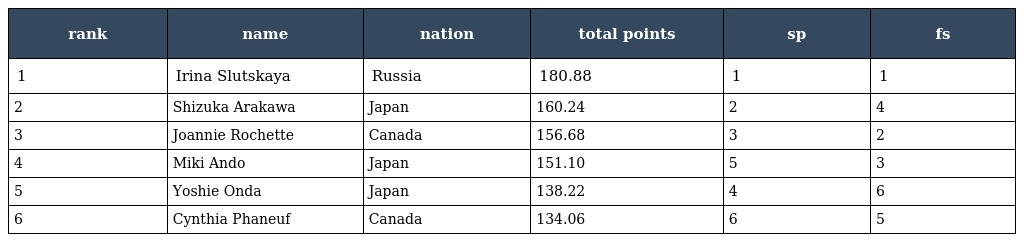
| rank | name | nation | total points | sp | fs |
 | --- | --- | --- | --- | --- | --- |
 | 1 | Irina Slutskaya | Russia | 180.88 | 1 | 1 |
 | 2 | Shizuka Arakawa | Japan | 160.24 | 2 | 4 |
 | 3 | Joannie Rochette | Canada | 156.68 | 3 | 2 |
 | 4 | Miki Ando | Japan | 151.10 | 5 | 3 |
 | 5 | Yoshie Onda | Japan | 138.22 | 4 | 6 |
 | 6 | Cynthia Phaneuf | Canada | 134.06 | 6 | 5 |